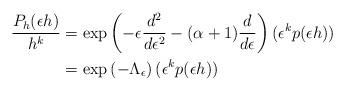
LaTeX: \begin{align*}\frac{P_h(\epsilon h)}{h^k}&= \exp\left( - \epsilon\frac{d^2}{d\epsilon^2} - (\alpha + 1)\frac{d}{d\epsilon}\right)(\epsilon^kp(\epsilon h)) \\&= \exp\left(-\Lambda_\epsilon\right)(\epsilon^kp(\epsilon h))\end{align*}